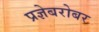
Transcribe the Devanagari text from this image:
प्रज्ञेबरोबर